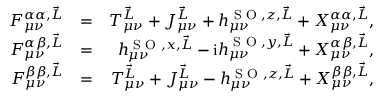
\begin{array} { r l r } { F _ { \mu \nu } ^ { \alpha \alpha , \vec { L } } } & { = } & { T _ { \mu \nu } ^ { \vec { L } } + J _ { \mu \nu } ^ { \vec { L } } + h _ { \mu \nu } ^ { \textrm { S O } , z , \vec { L } } + X _ { \mu \nu } ^ { \alpha \alpha , \vec { L } } , } \\ { F _ { \mu \nu } ^ { \alpha \beta , \vec { L } } } & { = } & { h _ { \mu \nu } ^ { \textrm { S O } , x , \vec { L } } - \mathrm { i } h _ { \mu \nu } ^ { \textrm { S O } , y , \vec { L } } + X _ { \mu \nu } ^ { \alpha \beta , \vec { L } } , } \\ { F _ { \mu \nu } ^ { \beta \beta , \vec { L } } } & { = } & { T _ { \mu \nu } ^ { \vec { L } } + J _ { \mu \nu } ^ { \vec { L } } - h _ { \mu \nu } ^ { \textrm { S O } , z , \vec { L } } + X _ { \mu \nu } ^ { \beta \beta , \vec { L } } , } \end{array}